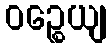
ဝဉ္စေယျ